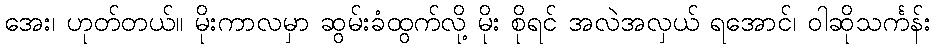
အေး၊ ဟုတ်တယ်။ မိုးကာလမှာ ဆွမ်းခံထွက်လို့ မိုး စိုရင် အလဲအလှယ် ရအောင်၊ ဝါဆိုသင်္ကန်း